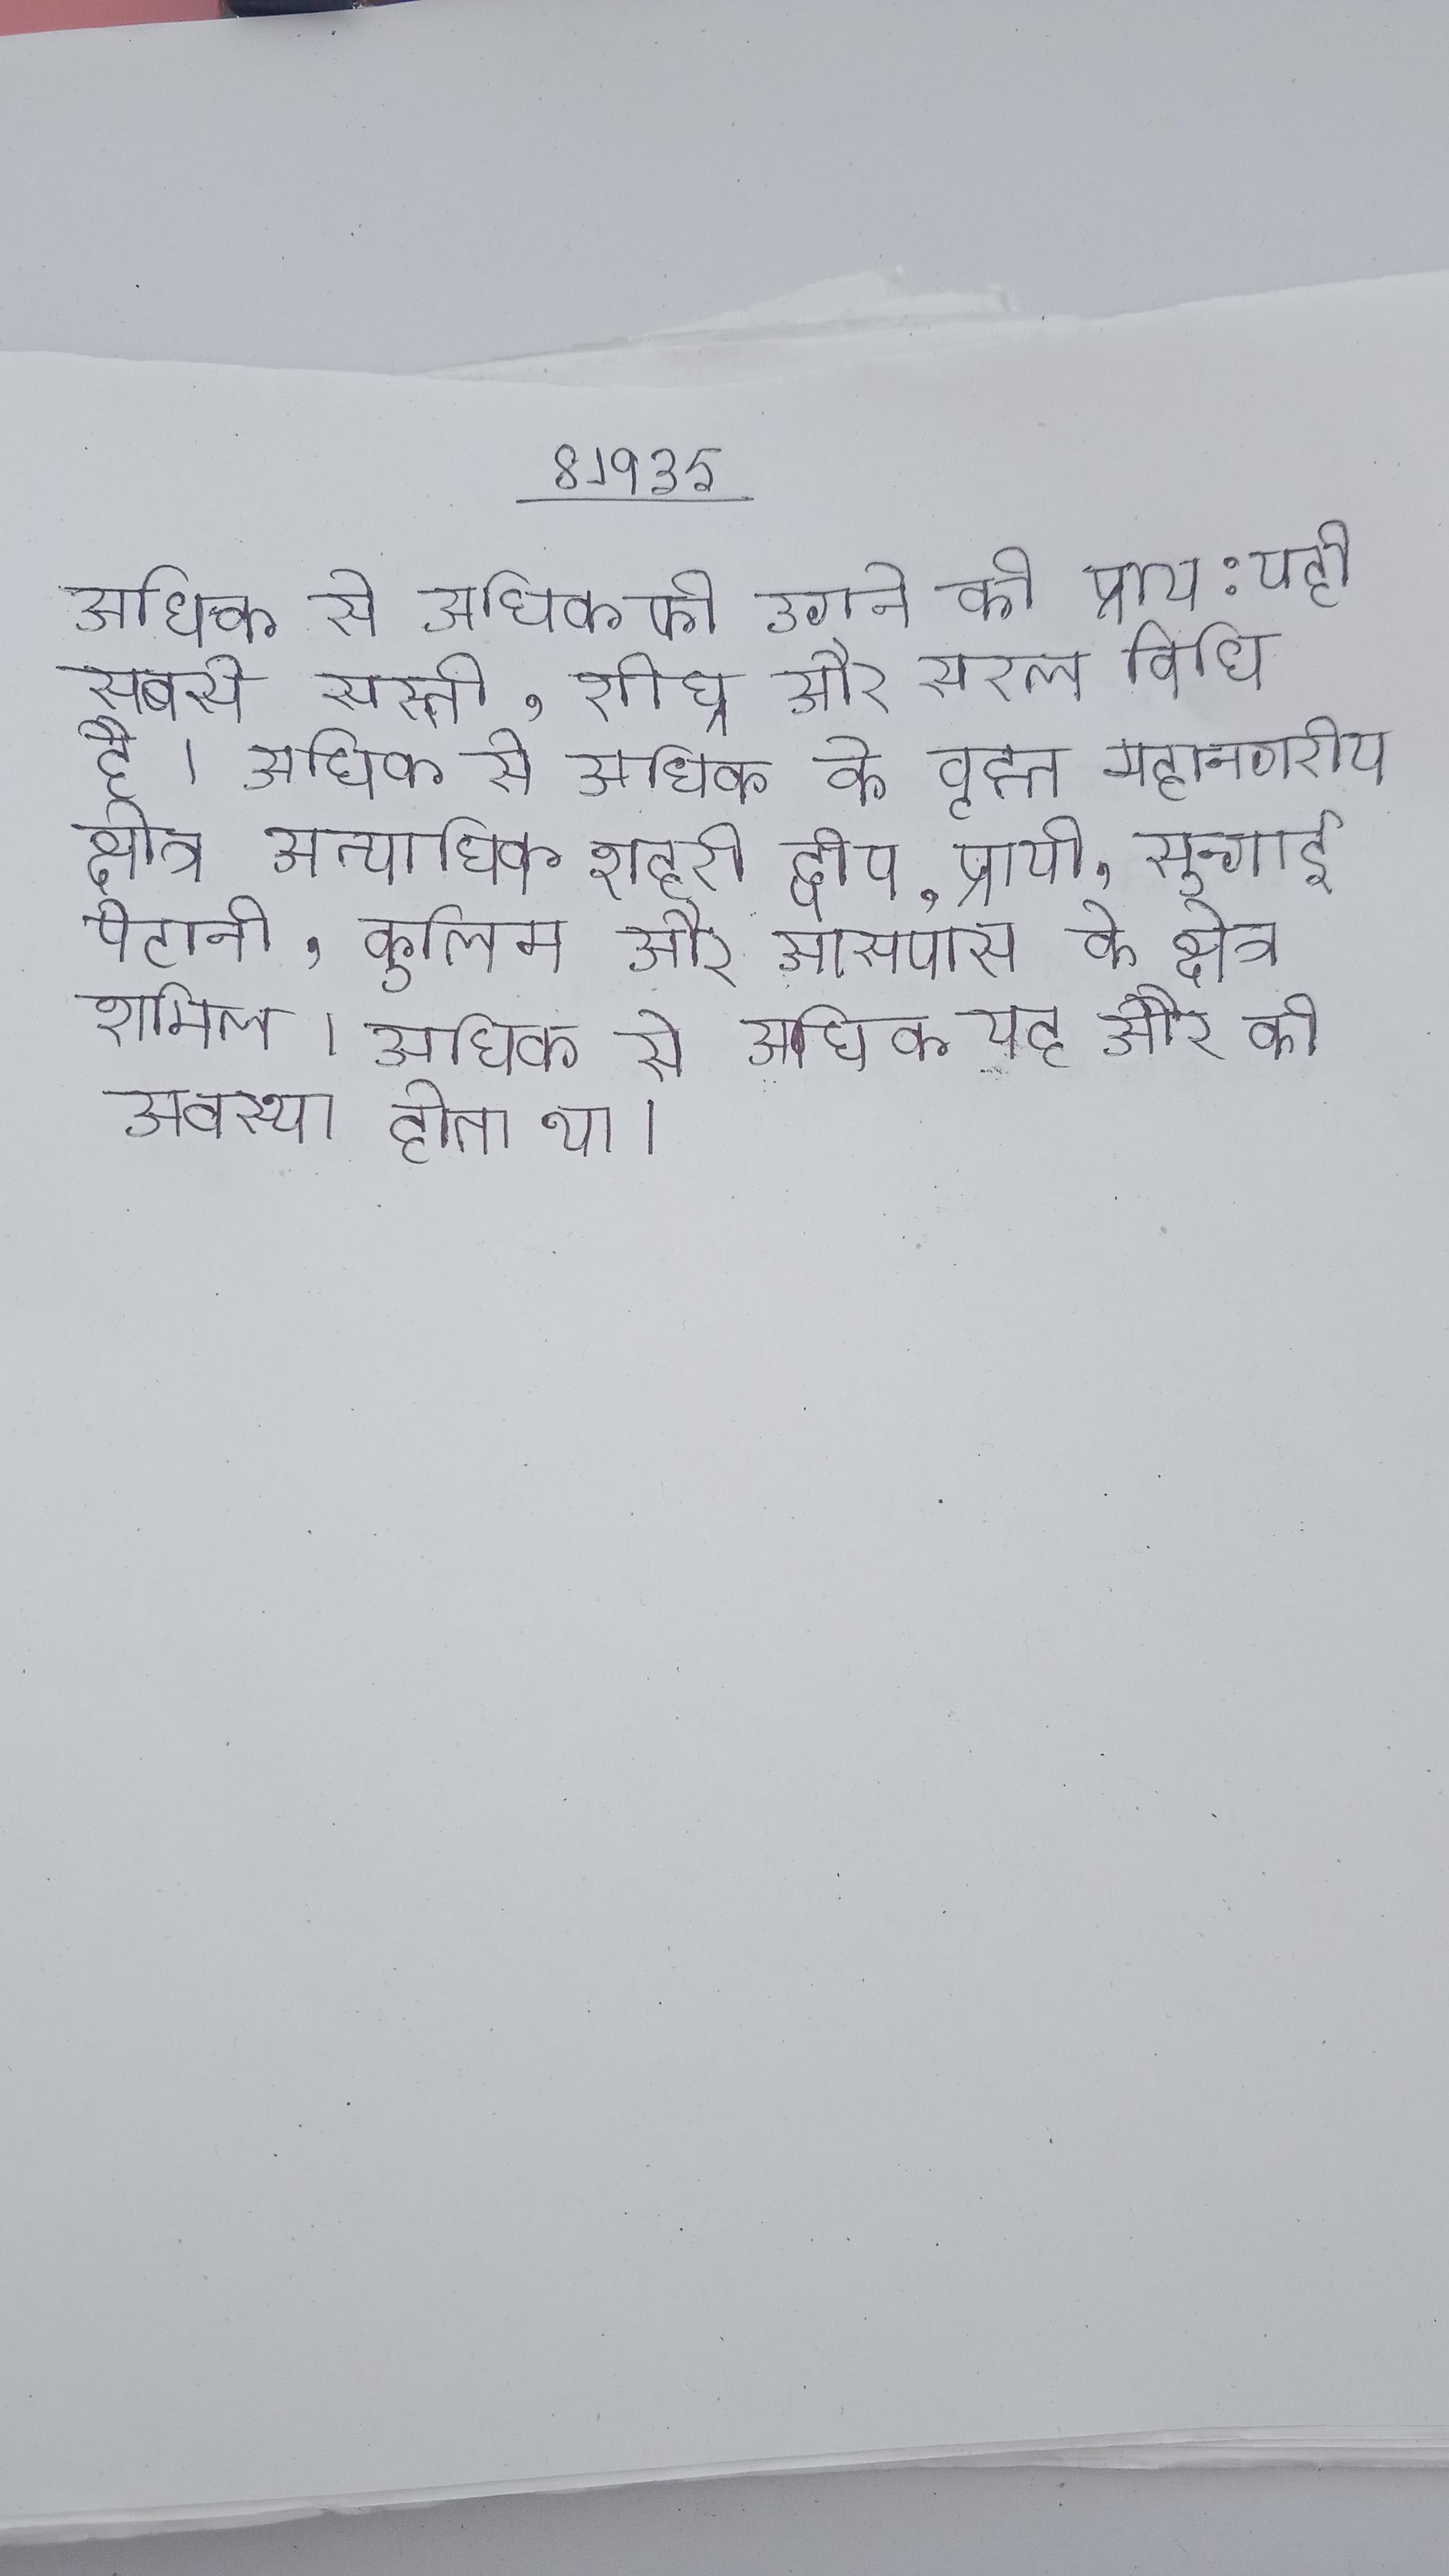
अधिक से अधिक को उगाने की प्राय: यही सबसे सस्ती, शीघ्र और सरल विधि है । अधिक से अधिक के वृह्त महानगरीय क्षेत्र अत्याधिक शहरी द्वीप, प्रायी, सुन्गाई पेटानी, कुलिम और आसपास के क्षेत्र शामिल । अधिक से अधिक यह और की अवस्था होता था ।